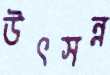
উৎসন্ন